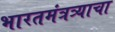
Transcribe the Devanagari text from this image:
भारतमंत्रत्र्याचा